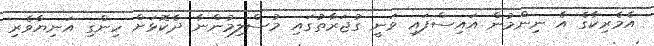
އެމެރިކާގެ އެ ނިންމުން އައިސްފައި ވަނީ ގުޖަރާތުގައި މުސްލިމުންނާ ދެކޮޅަށް ހިންގި އަނިޔާވެރި